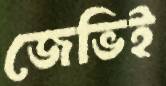
জেভিই